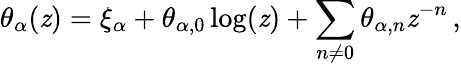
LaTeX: \theta_{\alpha}(\mathit{z})=\xi_{\alpha}+\theta_{\alpha,0}\log(\mathit{z})+\sum_{n\neq0}\theta_{\alpha,n}\mathit{z}^{-n}\, ,